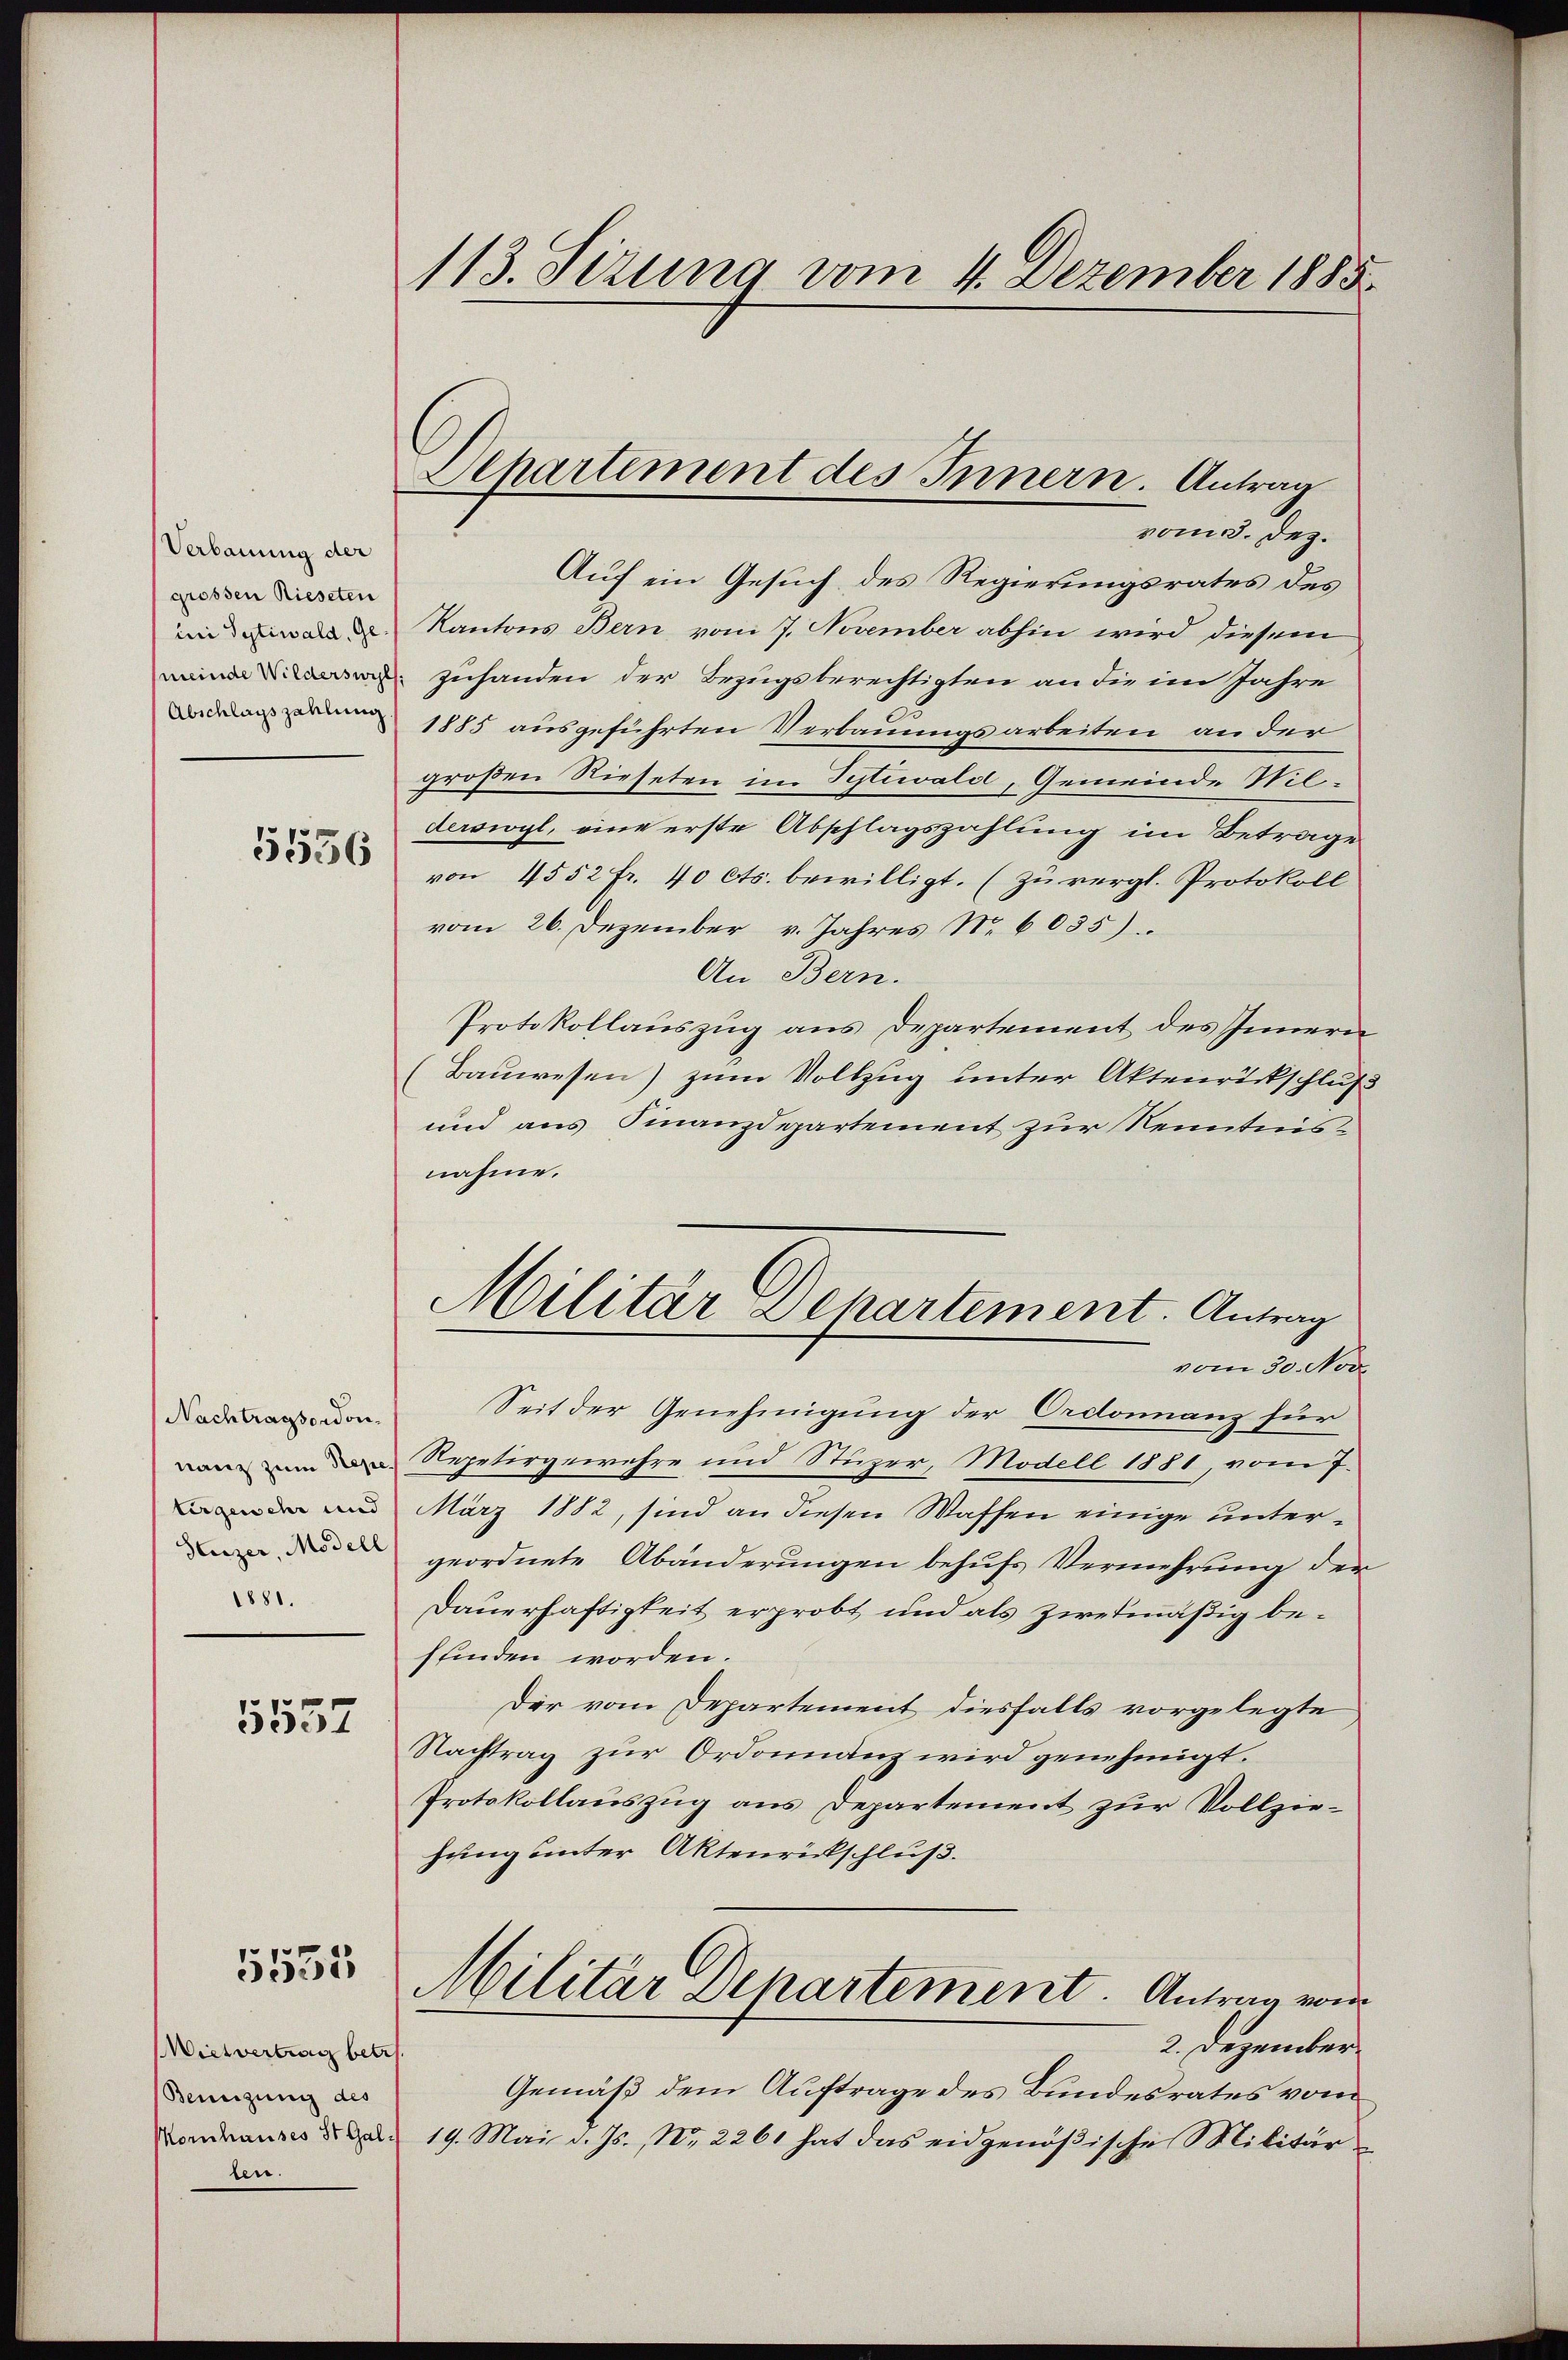
Verbauung der
grossen Rieseten
ini Sytiwald, Gemeinde Wilderswyl
Abschlagszahlung

5556

Nachtragsordon-
nanz zum Repetergewehr und
Heuzer, Modell
1881.

5557

5555

Miehvertrag betr
Bewegung des
Kornhauses St. Galde.

113. Sizung vom 4. Dezember 1885.

Departement des Innern. Antrag
vom 3. Dez.

Auf ein Gesuch des Regierungsrates des
Kantons Bern vom 7. November abhin wird diesem
Zuhanden der Bezugsberechtigten an die im Jahre
1885 ausgeführten Verbauungsarbeiten an der
großen Rieseten im Sytiwald, Gemeinde Wilderswyl, eine erste Abschlagszahlung im Betrage
von 4552 fr. 40 cts. bewilligt. (zu vergl. Protokoll
vom 26. Dezember v. Jahres Nr. 6035).
An Bern.
Protokollauszug aus Departement des Innern
Bauwesen) zum Vollzug unter Aktenrückschluß
und aus Finanzdepartement zur Kenntnisnahme.
Seit der Genehmigung der Ordonnanz für
Repetirgewehre und Stüzer, Modell 1881, vom 7.
März 1882, sind an diesen Waffen einige untergeordnete Abänderungen behufs Vermehrung der
Dauerhaftigkeit erprobt und als zwekmäßig beffinden worden.
Der vom Departement diesfalls vorgelegte,
Nachtrag zur Ordonnanz wird genehmigt.
Protokollauszug aus Departement zur Vollziehung unter Aktenrückschluß.
Militär Departement. Antrag von
2. Dezember.
Gemäß dem Auftrage des Bundesrates vom
19. Mai d. Js., Nr. 2261 hat das eidgenößische Militär

Militär Departement. Antrag
vom 30. Nov